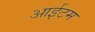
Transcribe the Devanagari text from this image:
आईटम